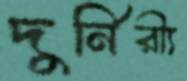
দুর্নিরী্য